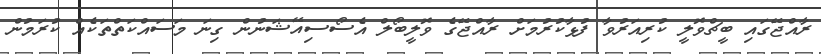
ރާއްޖޭގައި ބީޗްވޮލީ ކުރިއަރުވާ ފުޅާކުރުމަށް ރާއްޖޭގެ ވޮލީބޯލް އެސޯސިއޭޝަނުން ގިނަ މަސައްކަތްތަކެއް ކުރަމުން